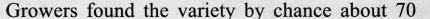
Growers found the variety by chance about 70